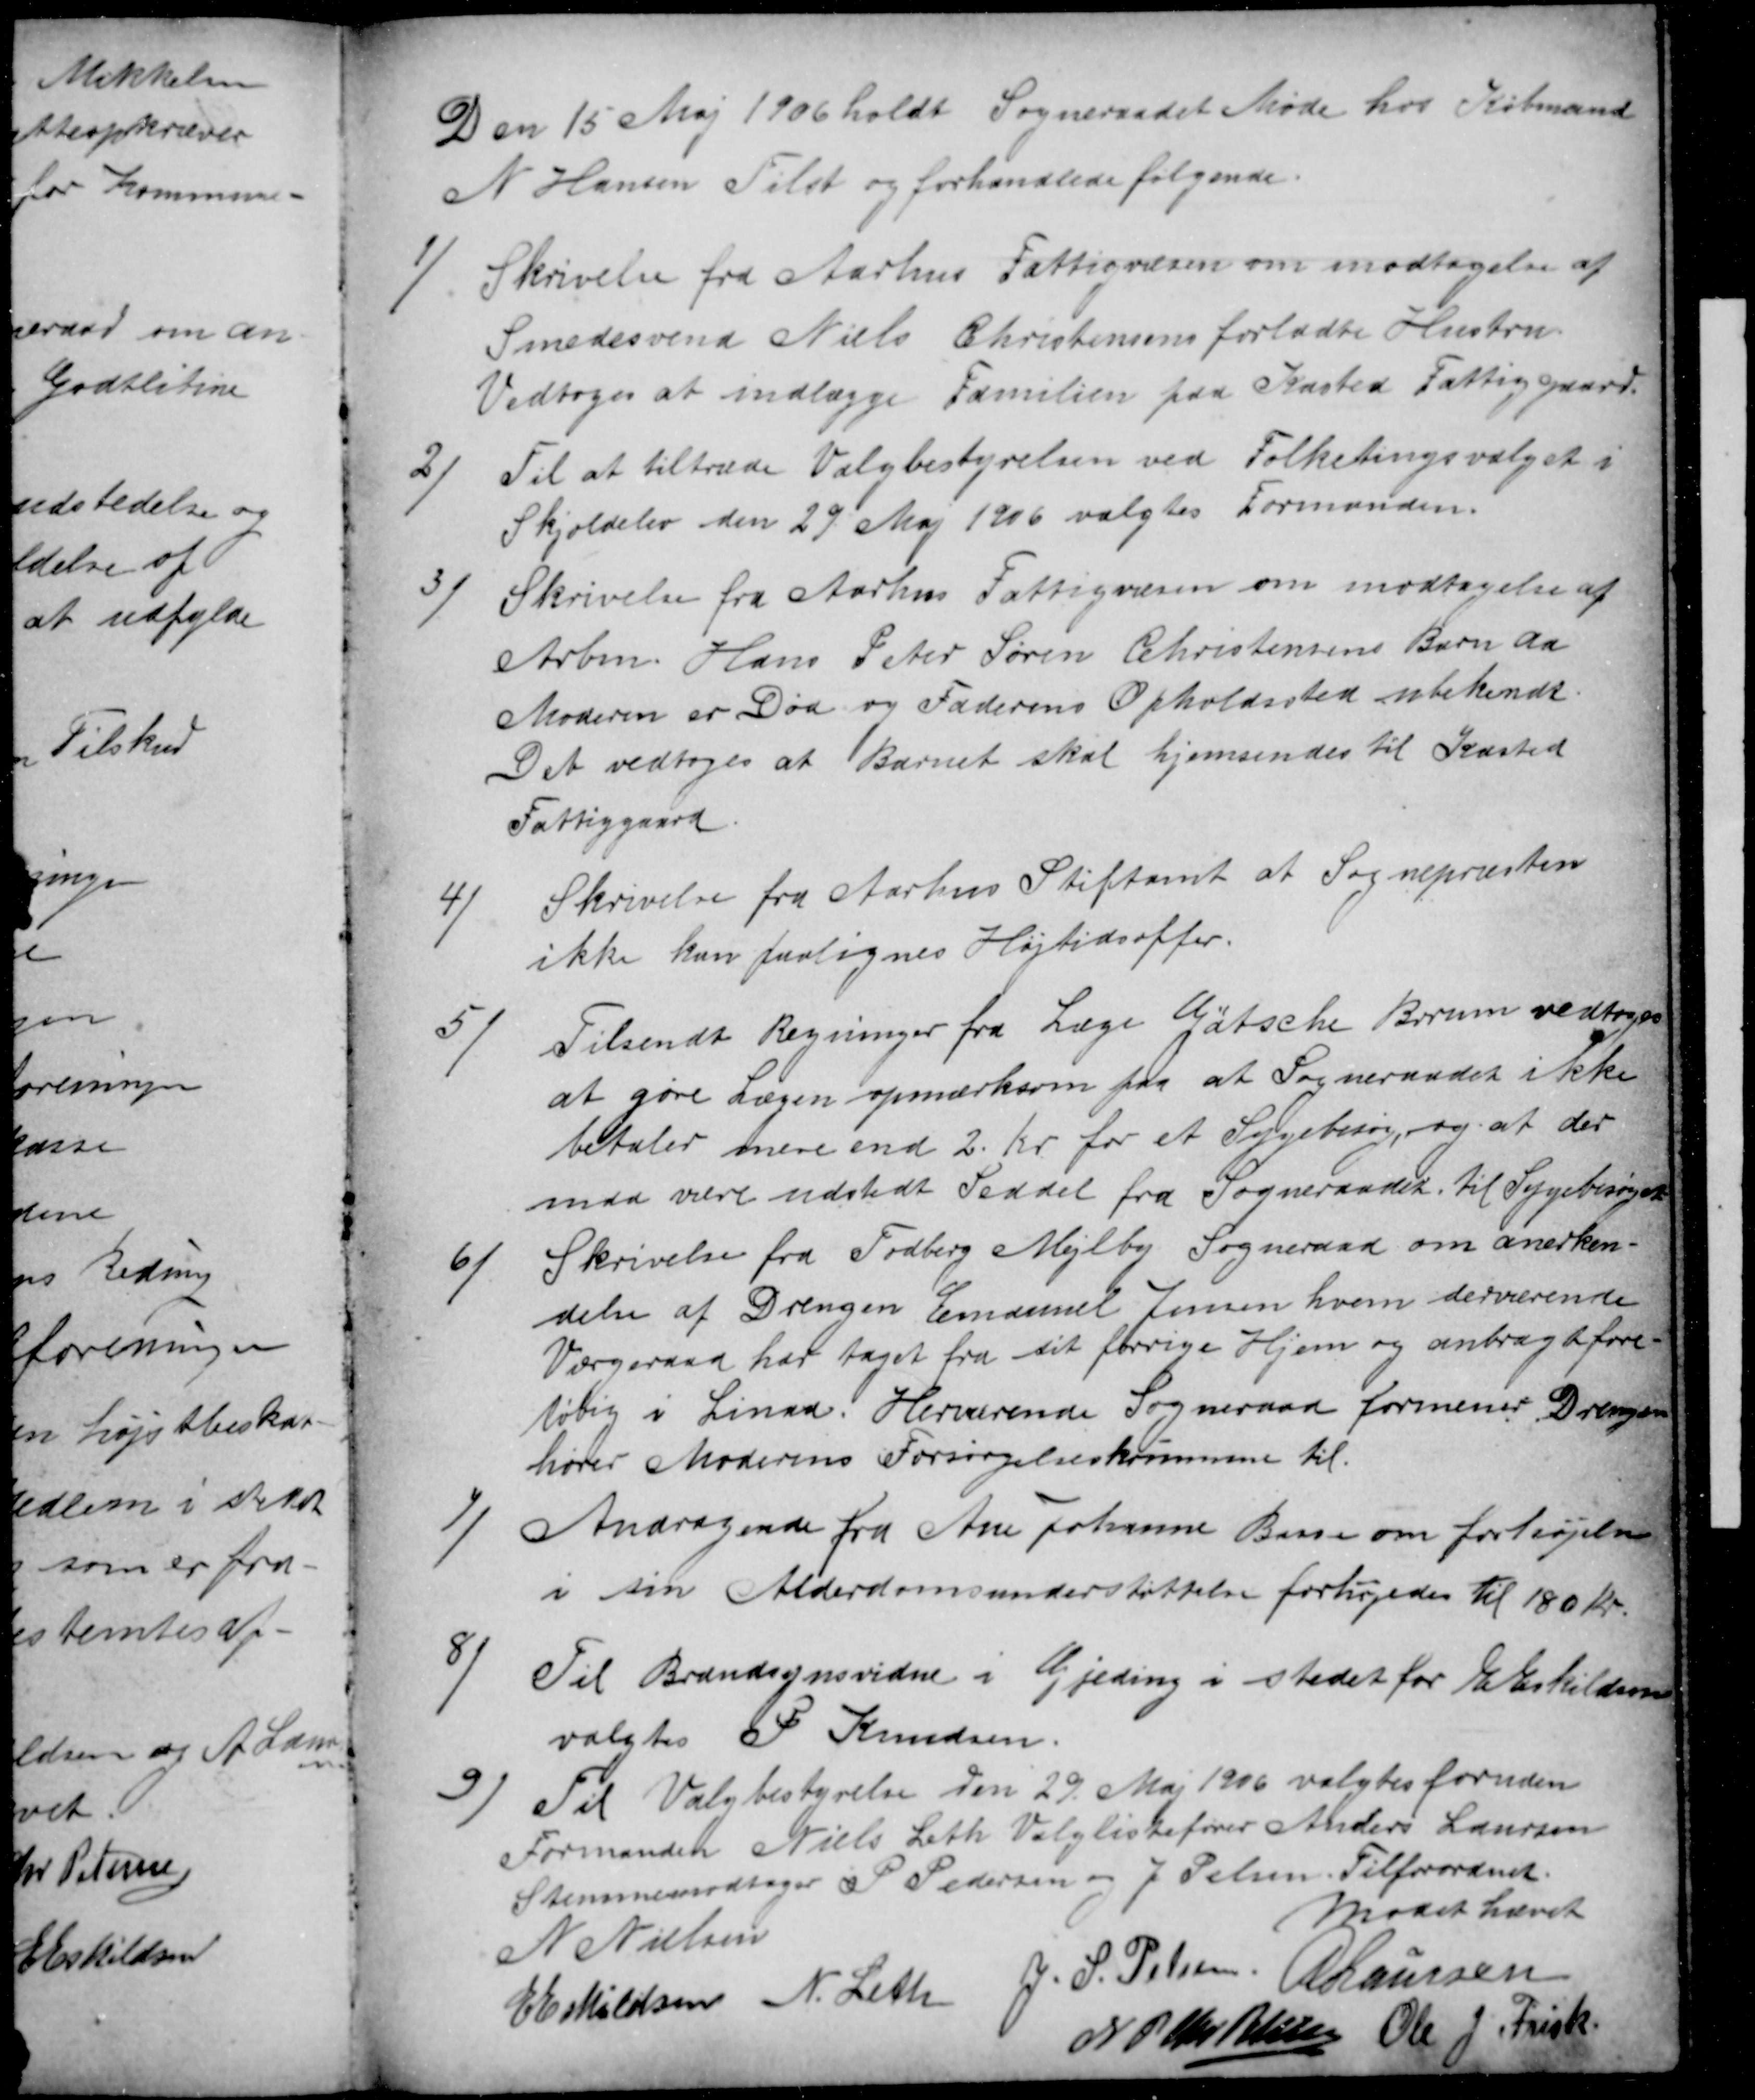
Transskription:
Den 15 Maj 1906 holdt Sogneraadet Møde hos Købmand
N Hansen Tilst og forhandlede følgende.
1)
Skrivelse fra Aarhus Fattigvæsen om modtagelse af
Smedesvend Niels Christensens forladte Hustru
Vedtoges at indlægge Familien paa Kasted Fattiggaard.
2)
Til at tiltræde Valgbestyrelsen ved Folketingsvalget i
Skjoldelev den 29 Maj 1906 valgtes Formanden.
3)
Skrivelse fra Aarhus Fattigvæsen om modtagelse af
Arbm. Hans Peter Søren Christensens Barn da
Moderen er Død og Faderens Opholdssted ubekendt.
Det vedtoges at Barnet skal hjemsendes til Kasted
Fattiggaard.
4)
Skrivelse fra Aarhus Stiftamt at Sognepræsten
ikke kan paalignes Højtidsoffer.
5)
Tilsendt Regninger fra Læge Gøtsche Borum vedtoges
at gøre Lægen opmærksom paa at Sogneraadet ikke
betaler mere end 2. Kr for et Sygebesøg, og at der
maa være udstedt Seddel fra Sogneraadet. til Sygebesøget
6)
Skrivelse fra Todberg Mejlby Sogneraad om anerken-
delse af Drengen Emanuel Jensen hvem derværende
Værgeraad har taget fra sit forrige Hjem og anbragt fore-
løbig i Linaa. Herværende Sogneraad formener Drengen
hører Moderens Forsørgelseskommune til
7)
Andragende fra Ane Johanne Basse om forhøjelse
i sin Alderdomsunderstøttelse forhøjedes til 180 Kr.
8)
Til Brandsynsvidne i Gjeding i stedet for E Eskildsen
valgtes P Knudsen.
9) Til Valgbestyrelse den 29. Maj 1906 valgtes foruden
Formanden Niels Leth Valglistefører Anders Laursen
Stemmemodtager P Pedersen og J Pelsen. Tilforordnet.
N Nielsen
Mødet hævet
E Eskildsen N. Leth
J. S. Pelsen A Laursen
N P Chr Petersen Ole J. Frisk.